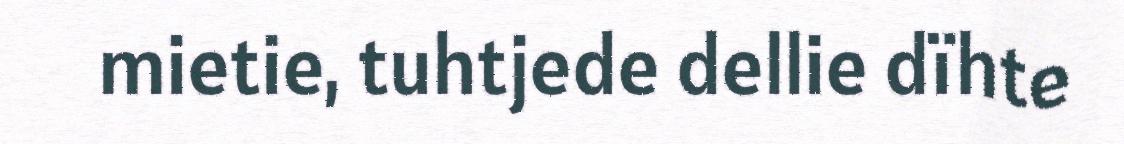
mietie, tuhtjede dellie dïhte